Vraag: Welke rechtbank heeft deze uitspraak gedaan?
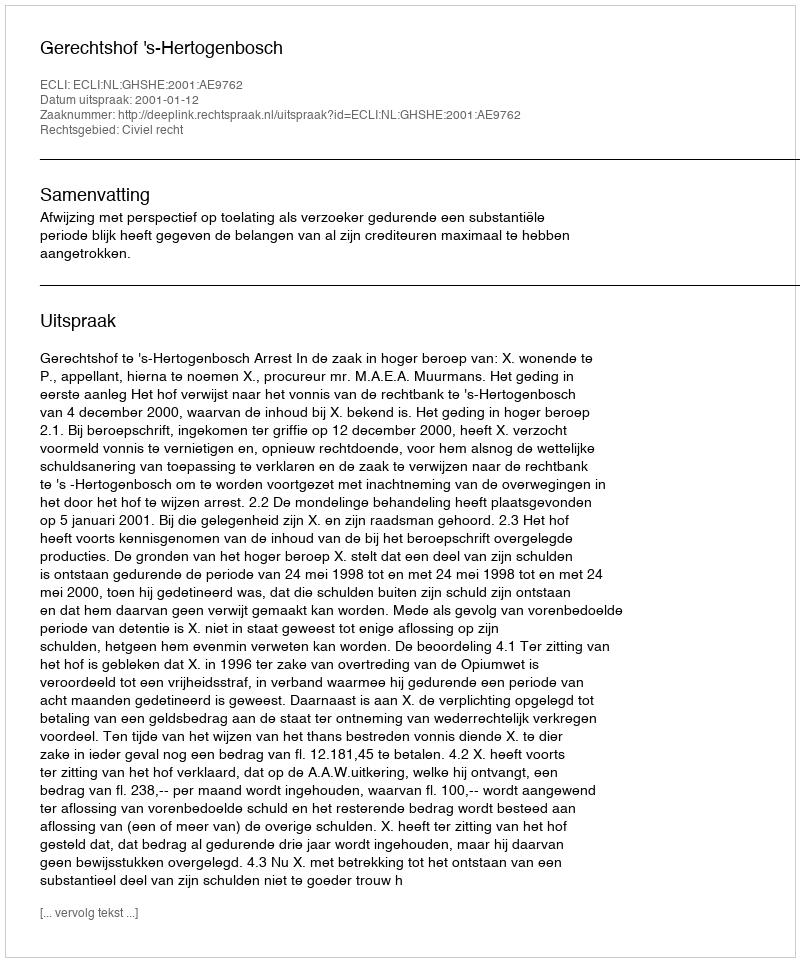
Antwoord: Gerechtshof 's-Hertogenbosch